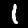
Label: 1